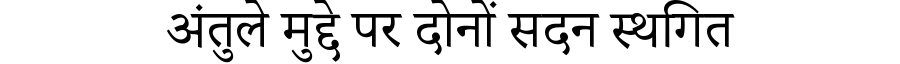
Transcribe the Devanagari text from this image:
अंतुले मुद्दे पर दोनों सदन स्थगित